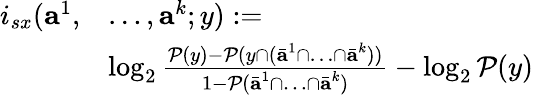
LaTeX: \begin{array}{rl}{i_{sx}(\textbf{a}^{1},}&{\ldots,\textbf{a}^{k};y):=}\\ &{\log_{2}\frac{\mathcal{P}(y)-\mathcal{P}(y\cap(\bar{\textbf{a}}^{1}\cap\ldots\cap\bar{\textbf{a}}^{k}))}{1-\mathcal{P}(\bar{\textbf{a}}^{1}\cap\ldots\cap\bar{\textbf{a}}^{k})}-\log_{2}\mathcal{P}(y)}\end{array}